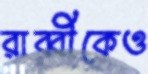
রাব্বীকেও